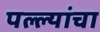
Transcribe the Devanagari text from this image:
पल्ल्यांचा